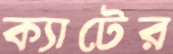
ক্যাটের